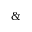
\&